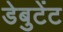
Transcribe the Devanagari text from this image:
डेबुटेंट